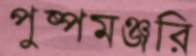
পুষ্পমঞ্জরি